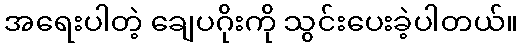
အရေးပါတဲ့ ချေပဂိုးကို သွင်းပေးခဲ့ပါတယ်။